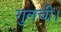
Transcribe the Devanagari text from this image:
गुलचीं।